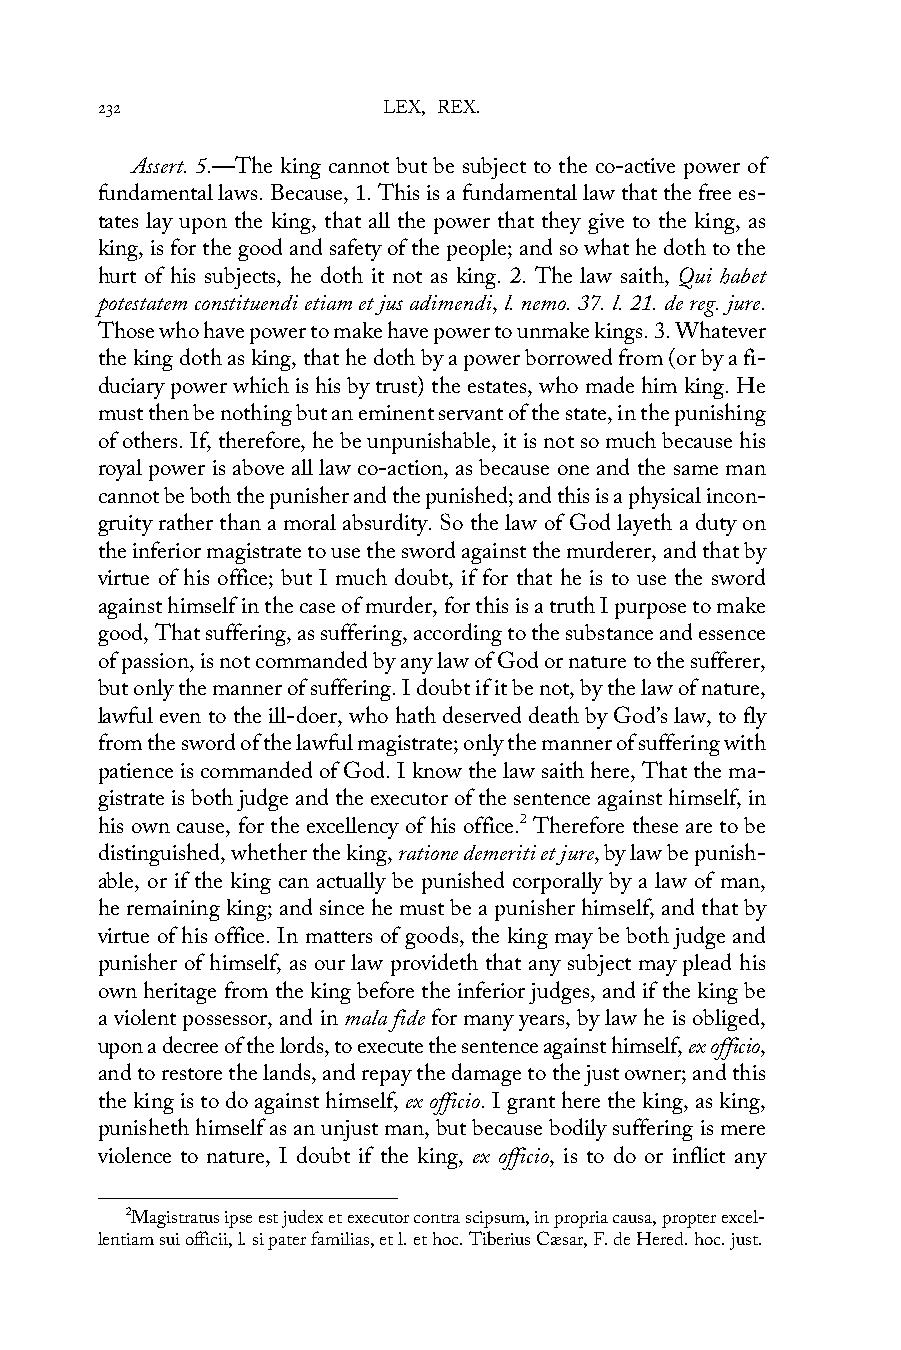
232                LEX, REX.
 Assert. 5.—The king cannot but be subject to the co-active power of
 fundamental laws. Because, 1. This is a fundamental law that the free es-
 tates lay upon the king, that all the power that they give to the king, as
 king, is for the good and safety of the people; and so what he doth to the
 hurt of his subjects, he doth it not as king. 2. The law saith, Qui habet
 potestatem constituendi etiam et jus adimendi, l. nemo. 37. l. 21. de reg. jure.
 Those who have power to make have power to unmake kings. 3. Whatever
 the king doth as king, that he doth by a power borrowed from (or by a fi-
 duciary power which is his by trust) the estates, who made him king. He
 must then be nothing but an eminent servant of the state, in the punishing
 of others. If, therefore, he be unpunishable, it is not so much because his
 royal power is above all law co-action, as because one and the same man
 cannot be both the punisher and the punished; and this is a physical incon-
 gruity rather than a moral absurdity. So the law of God layeth a duty on
 the inferior magistrate to use the sword against the murderer, and that by
 virtue of his office; but I much doubt, if for that he is to use the sword
 against himself in the case of murder, for this is a truth I purpose to make
 good, That suffering, as suffering, according to the substance and essence
 of passion, is not commanded by any law of God or nature to the sufferer,
 but only the manner of suffering. I doubt if it be not, by the law of nature,
 lawful even to the ill-doer, who hath deserved death by God’s law, to fly
 from the sword of the lawful magistrate; only the manner of suffering with
 patience is commanded of God. I know the law saith here, That the ma-
 gistrate is both judge and the executor of the sentence against himself, in
 his own cause, for the excellency of his office.2 Therefore these are to be
 distinguished, whether the king, ratione demeriti et jure, by law be punish-
 able, or if the king can actually be punished corporally by a law of man,
 he remaining king; and since he must be a punisher himself, and that by
 virtue of his office. In matters of goods, the king may be both judge and
 punisher of himself, as our law provideth that any subject may plead his
 own heritage from the king before the inferior judges, and if the king be
 a violent possessor, and in mala fide for many years, by law he is obliged,
 upon a decree of the lords, to execute the sentence against himself, ex officio,
 and to restore the lands, and repay the damage to the just owner; and this
 the king is to do against himself, ex officio. I grant here the king, as king,
 punisheth himself as an unjust man, but because bodily suffering is mere
 violence to nature, I doubt if the king, ex officio, is to do or inflict any
 2Magistratus ipse est judex et executor contra scipsum, in propria causa, propter excel-
 lentiam sui officii, l. si pater familias, et l. et hoc. Tiberius Cæsar, F. de Hered. hoc. just.